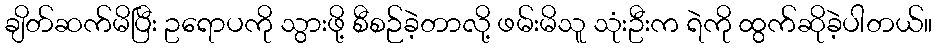
ချိတ်ဆက်မိပြီး ဥရောပကို သွားဖို့ စီစဉ်ခဲ့တာလို့ ဖမ်းမိသူ သုံးဦးက ရဲကို ထွက်ဆိုခဲ့ပါတယ်။